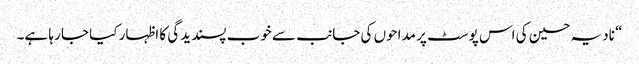
“ نادیہ حسین کی اس پوسٹ پر مداحوں کی جانب سے خوب پسندیدگی کا اظہار کیا جا رہا ہے۔